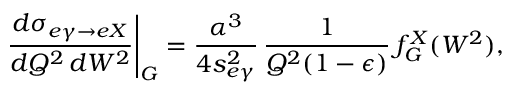
\left. \frac { d \sigma _ { e \gamma \to e X } } { d Q ^ { 2 } \, d W ^ { 2 } } \right| _ { G } = \frac { \alpha ^ { 3 } } { 4 s _ { e \gamma } ^ { 2 } } \, \frac { 1 } { Q ^ { 2 } ( 1 - \epsilon ) } \, f _ { G } ^ { X } ( W ^ { 2 } ) ,